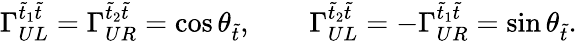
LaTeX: \Gamma_{UL}^{\tilde{t}_{1}\tilde{t}}=\Gamma_{UR}^{\tilde{t}_{2}\tilde{t}}=\cos\theta_{\tilde{t}},\qquad\Gamma_{UL}^{\tilde{t}_{2}\tilde{t}}=-\Gamma_{UR}^{\tilde{t}_{1}\tilde{t}}=\sin\theta_{\tilde{t}}.